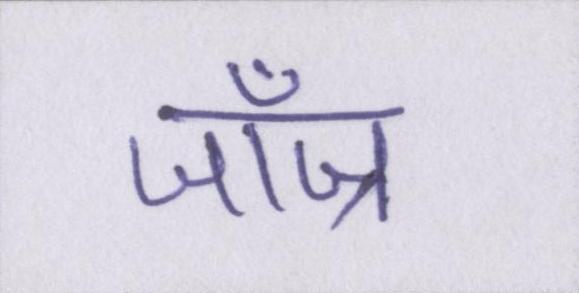
जॉज्र